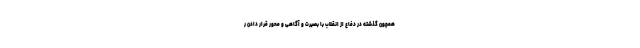
همچون گذشته در دفاع از انقلاب با بصیرت و آگاهی و محور قرار دادن ر